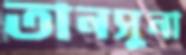
তানসুনা